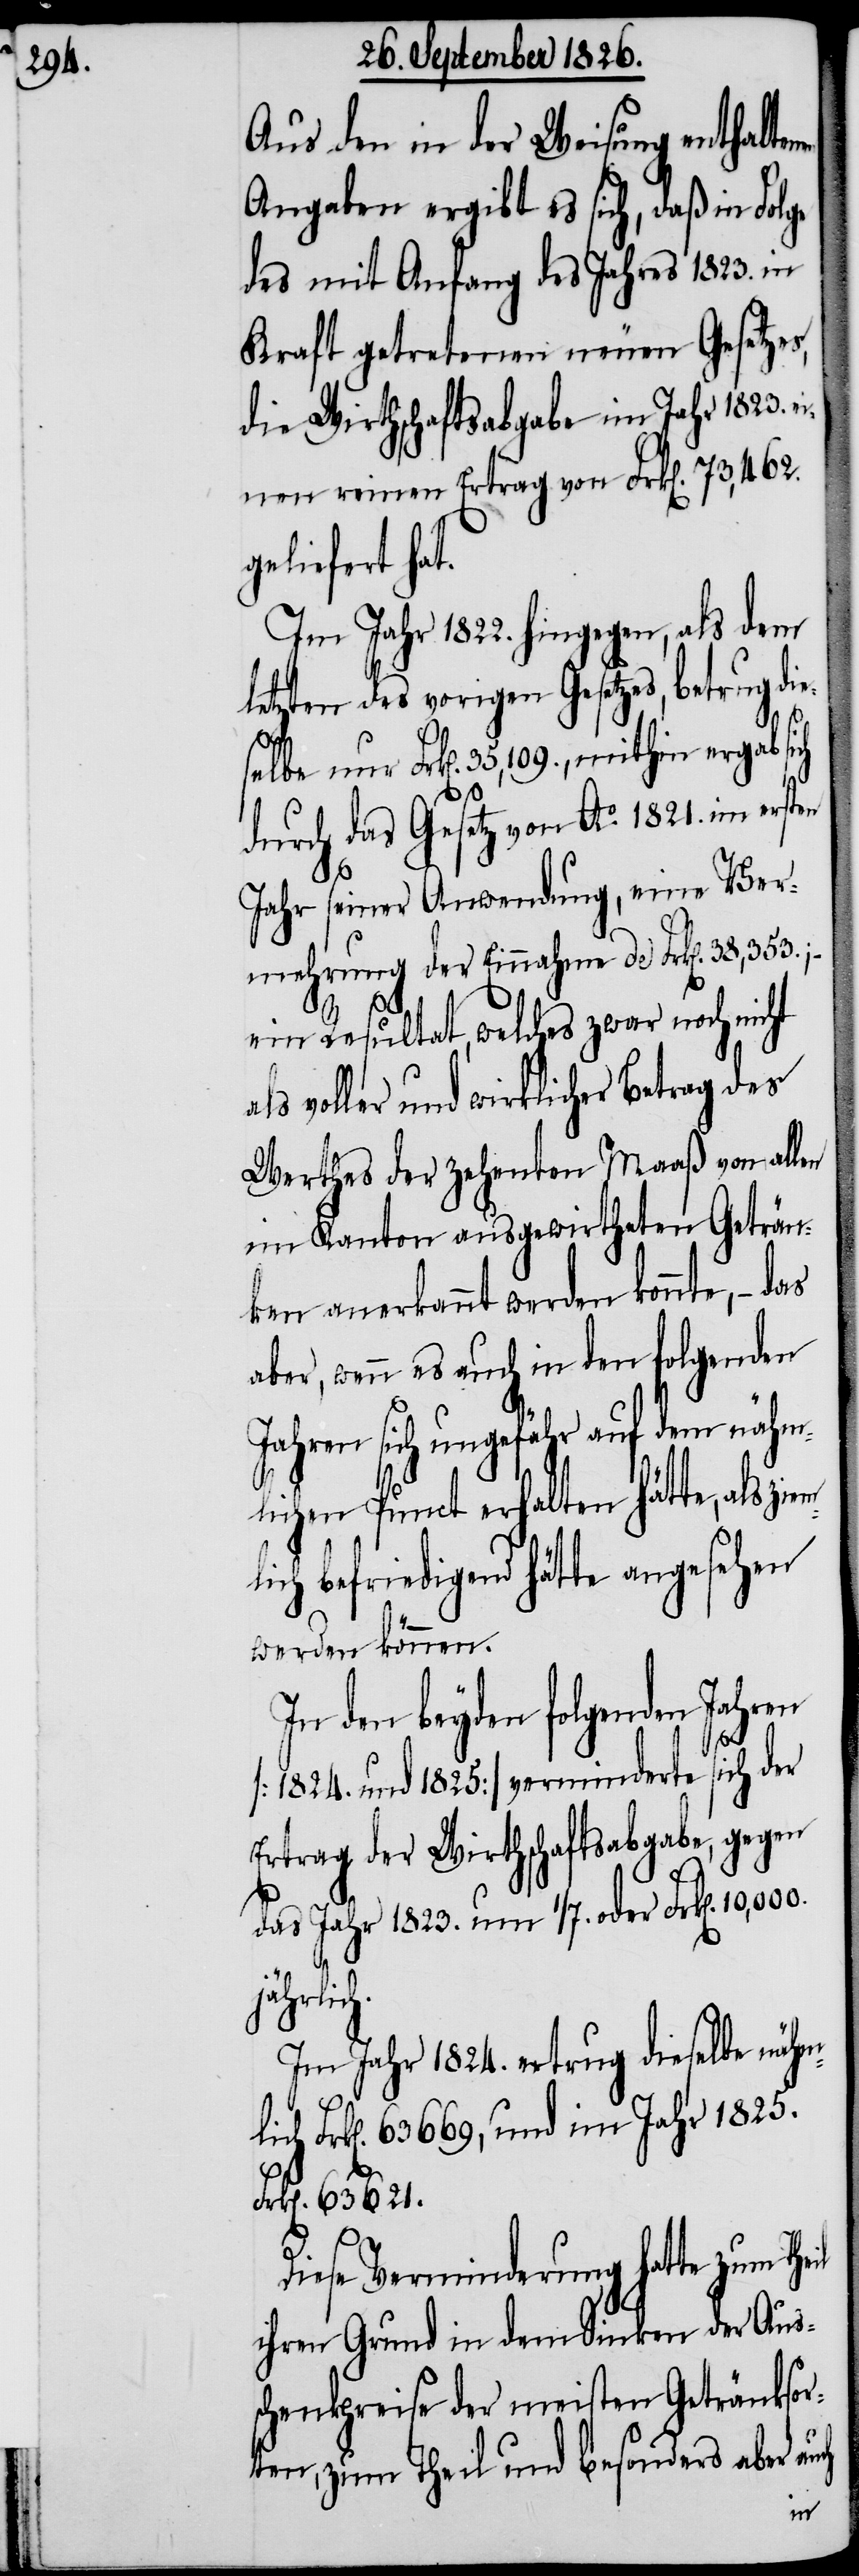
Aus den in der Weisung enthalte¬
Angaben ergibt es sich, daß in Folge
des mit Anfang des Jahres 1823. in
Kraft getretenen neuen Gesetzes,
die Wirtschaftsabgabe im Jahr 1823.
einen reinen Ertrag von Frk[en]. 73,462.
geliefert hat.
Im Jahr 1822. hingegen, als dem
letzten des vorigen Gesetzes, betrug
selbe nur Frk[en]. 35,109., mithin ergab s¬
durch das Gesetz von Ao. 1821. im erst¬
Jahr seiner Anwendung, eine Ver¬
mehrung der Einnahme de Frk[en].
ein Resultat, welches zwar noch ni¬
als voller und wirklicher Betrag des
Werthes der zehenten Maaß von allen
im Kanton ausgewirtheten Geträn¬
ken anerkannt werden könnte, –
aber, wenn es auch in den folgenden
Jahren sich ungefähr auf dem nähm¬
lichen Punct erhalten hätte, als zi¬
lich befriedigend hätte angesehen
werden können.
In den beyden folgenden Jahren
em¬
[1824. und 1825.] verminderte sich der
Ertrag der Wirthschaftsabgabe, gegen
das Jahr 1823. um 1/7. oder Frk[en]. 10,000.
ähmlich
Im Jahr 1824. ertrug dieselbe n¬
Frk[en]. 63 669 und im Jahr 1825.
Frk[en]. 63 621.
h.
Diese Verminderung hatte zum Theil
ihren Grund in dem Sinken der Aus¬
schenkpreise der meisten Getränksor¬
ten, zum Theil und besonders aber auch
en